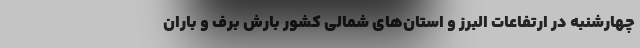
چهارشنبه در ارتفاعات البرز و استان‌های شمالی کشور بارش برف و باران